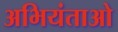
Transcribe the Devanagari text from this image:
अभियंताओ